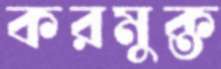
করমুক্ত